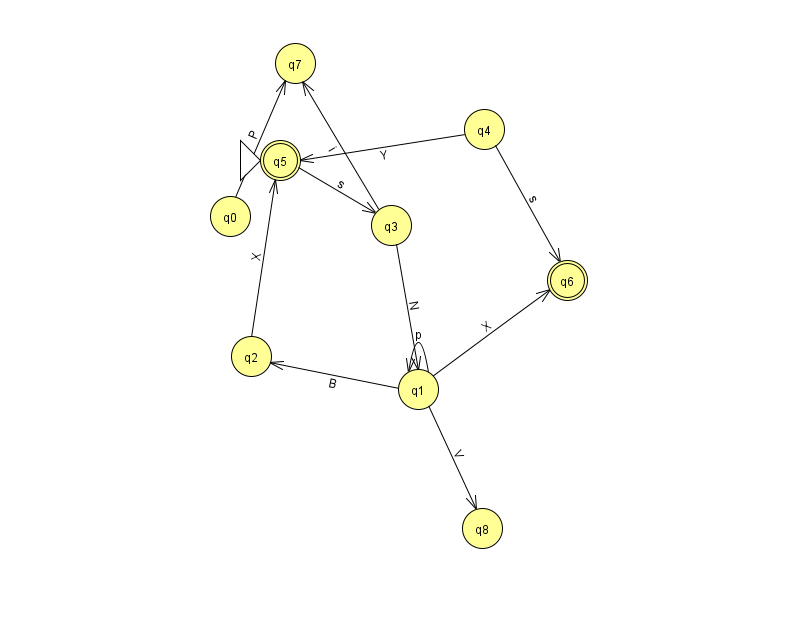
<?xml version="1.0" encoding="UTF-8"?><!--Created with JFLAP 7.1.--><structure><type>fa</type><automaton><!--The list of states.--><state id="0" name="q0"><x>230.0</x><y>203.0</y></state><state id="1" name="q1"><x>418.0</x><y>376.0</y></state><state id="2" name="q2"><x>251.0</x><y>343.0</y></state><state id="3" name="q3"><x>391.0</x><y>212.0</y></state><state id="4" name="q4"><x>484.0</x><y>116.0</y></state><state id="5" name="q5"><x>280.0</x><y>147.0</y><initial/><final/></state><state id="6" name="q6"><x>567.0</x><y>267.0</y><final/></state><state id="7" name="q7"><x>295.0</x><y>50.0</y></state><state id="8" name="q8"><x>482.0</x><y>515.0</y></state><!--The list of transitions.--><transition><from>1</from><to>1</to><read>p</read></transition><transition><from>3</from><to>7</to><read>i</read></transition><transition><from>1</from><to>6</to><read>X</read></transition><transition><from>4</from><to>5</to><read>Y</read></transition><transition><from>1</from><to>8</to><read>V</read></transition><transition><from>0</from><to>7</to><read>P</read></transition><transition><from>4</from><to>6</to><read>s</read></transition><transition><from>5</from><to>3</to><read>s</read></transition><transition><from>1</from><to>2</to><read>B</read></transition><transition><from>2</from><to>5</to><read>X</read></transition><transition><from>3</from><to>1</to><read>N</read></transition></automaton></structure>